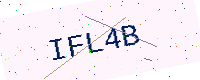
Text: IFL4B